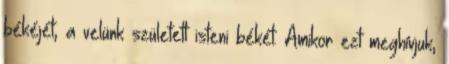
békéjét, a velünk született isteni békét. Amikor ezt meghívjuk,